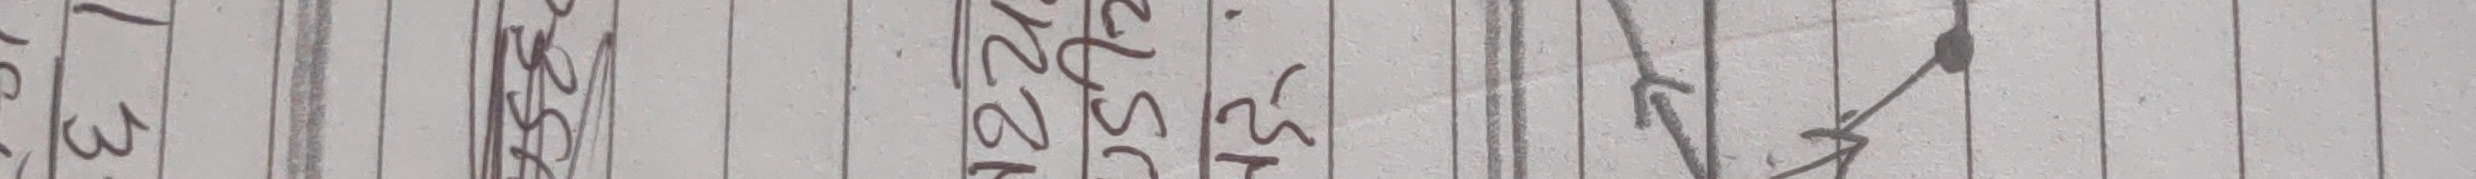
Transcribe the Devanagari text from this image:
६५२।२५६५